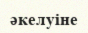
әкелуіне